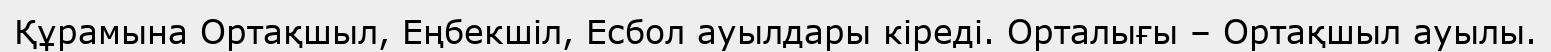
Құрамына Ортақшыл, Еңбекшіл, Есбол ауылдары кіреді. Орталығы – Ортақшыл ауылы.